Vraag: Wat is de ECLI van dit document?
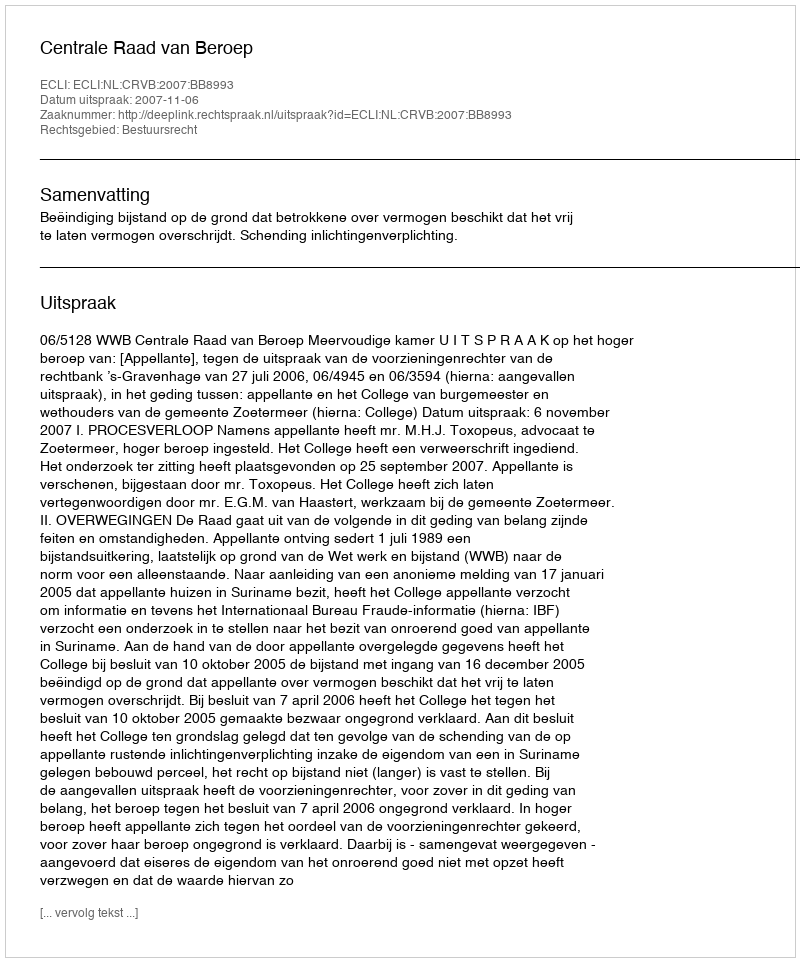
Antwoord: ECLI:NL:CRVB:2007:BB8993